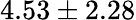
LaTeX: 4.53\pm 2.28